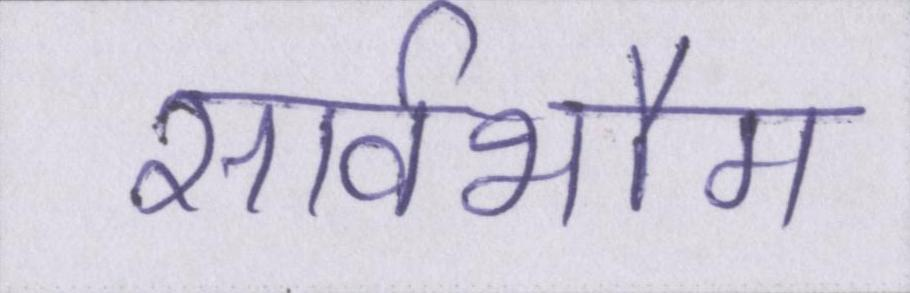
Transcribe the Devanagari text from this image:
सार्वभौम